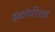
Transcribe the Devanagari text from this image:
इंकॉर्पोरेशन